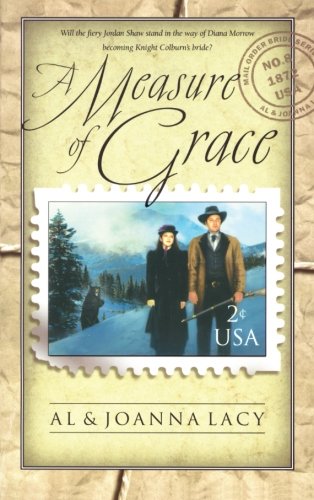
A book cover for A Measure of Grace (Mail Order Bride Series #8); Al & Joanna Lacy; Religion & Spirituality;